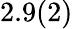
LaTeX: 2.9(2)